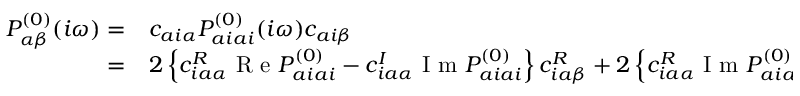
\begin{array} { r l } { P _ { \alpha \beta } ^ { ( 0 ) } ( i \omega ) = } & { { } c _ { a i \alpha } P _ { a i a i } ^ { ( 0 ) } ( i \omega ) c _ { a i \beta } } \\ { = } & { { } 2 \left\{ c _ { i a \alpha } ^ { R } \mathrm { ~ R ~ e ~ } P _ { a i a i } ^ { ( 0 ) } - c _ { i a \alpha } ^ { I } \mathrm { ~ I ~ m ~ } P _ { a i a i } ^ { ( 0 ) } \right\} c _ { i a \beta } ^ { R } + 2 \left\{ c _ { i a \alpha } ^ { R } \mathrm { ~ I ~ m ~ } P _ { a i a i } ^ { ( 0 ) } + c _ { i a \alpha } ^ { I } \mathrm { ~ R ~ e ~ } P _ { a i a i } ^ { ( 0 ) } \right\} c _ { i a \beta } ^ { I } \; . } \end{array}